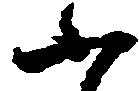
ふ